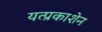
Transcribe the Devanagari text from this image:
यत्प्रकाशेन